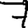
Digit: 7